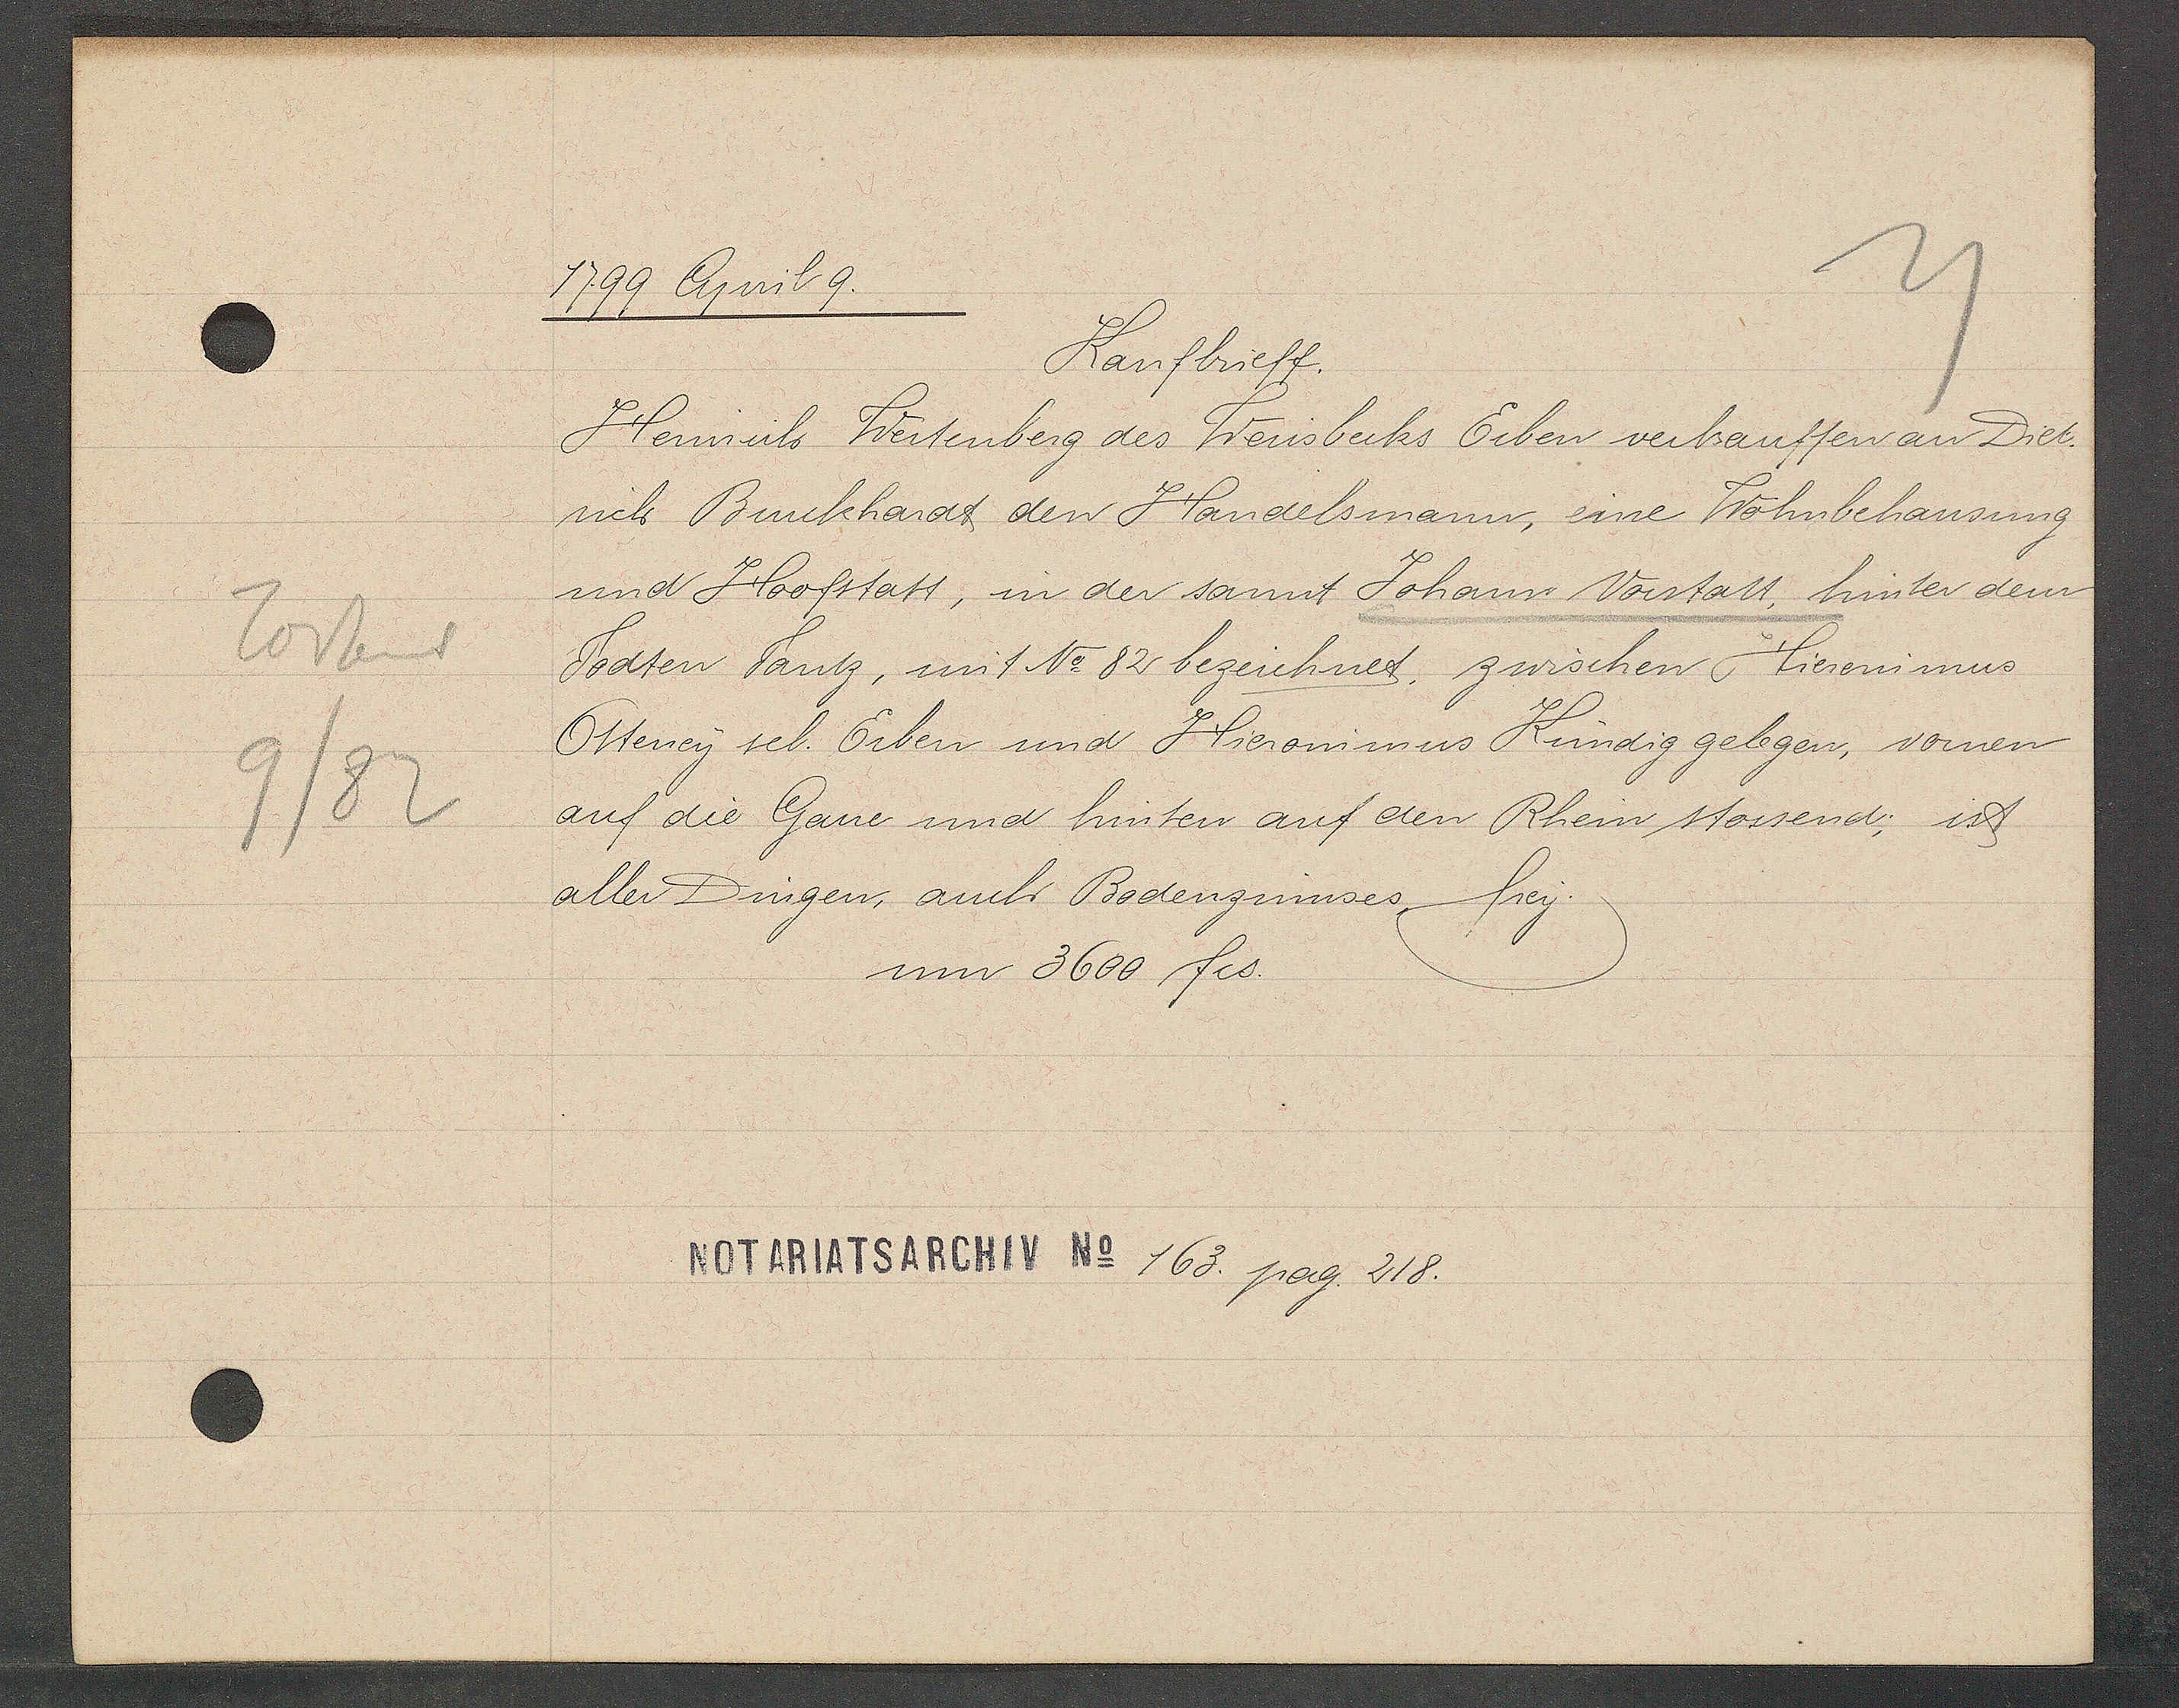
Transcript:
Todtent
9/82

1799 April 9.

Kaufbrieff.
Heinrich Weitenberg des Weissbecks Erben verkauffen an Diet¬
rich Burckhardt den Handelsmann, eine Wohnbehausung
und Hoofstatt, in der sannt Johann Vorstatt, hinter dem
Todten Tantz, mit No 82 bezeichnet, zwischen Hieronimus
Otteney sel. Erben und Hieronimus Kündig gelegen, vornen
auf die Gasse und hinten auf den Rhein stossend; ist
aller Dingen, auch Bodenzinnses, frey.
um 3600 fcs.

NOTARIATSARCHIV No 163. pag. 218.